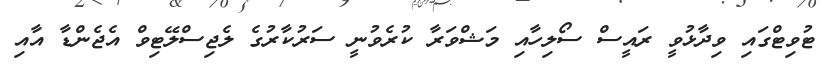
ޓުވިޓްގައި ވިދާޅުވީ ރައީސް ސޯލިހާއި މަޝްވަރާ ކުރެވުނީ ސަރުކާރުގެ ލެޖިސްލޭޓިވް އެޖެންޑާ އާއި